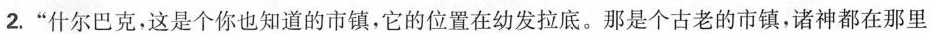
2.”什尔巴克，这是个你也知道的市镇，它的位置在幼发拉底。那是个古老的市镇，诸神都在那里